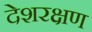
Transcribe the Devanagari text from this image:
देशरक्षण